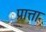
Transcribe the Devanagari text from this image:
प्रात्ता